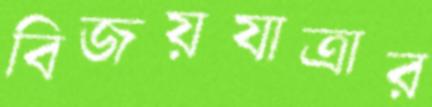
বিজয়যাত্রার